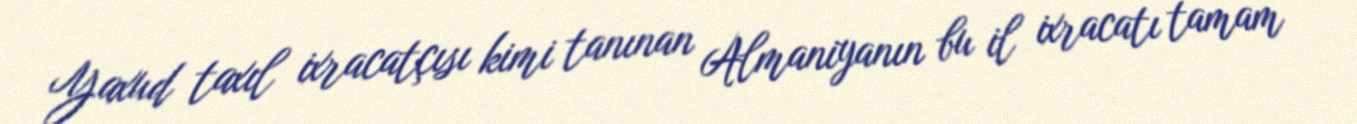
Yaxud taxıl ixracatçısı kimi tanınan Almaniyanın bu il ixracatı tamam